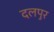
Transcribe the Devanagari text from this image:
दलपुर